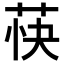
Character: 𬜴